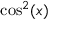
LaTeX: \cos ^ { 2 } ( x )